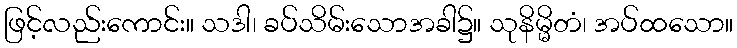
ဖြင့်လည်းကောင်း။ သဒါ၊ ခပ်သိမ်းသောအခါ၌။ သုနိမ္မိတံ၊ အပ်ထသော။